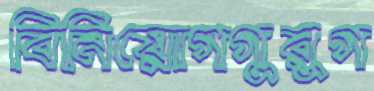
বিনিয়োগগুরুগ